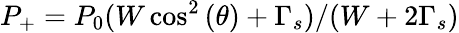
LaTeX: P_{+}=P_{0}(W\cos^{2}{(\theta)}+\Gamma_{s})/(W+2\Gamma_{s})